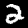
Digit: 2